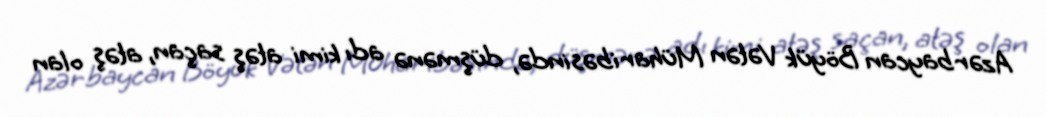
Azərbaycan Böyük Vətən Müharibəsində, düşmənə adı kimi atəş saçan, atəş olan